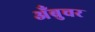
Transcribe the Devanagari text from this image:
अँबुचर